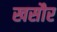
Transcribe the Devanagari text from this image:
खसौर